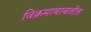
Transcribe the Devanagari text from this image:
विक्रमाबाबतीत